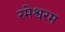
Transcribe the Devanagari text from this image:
रमेश्वरम